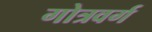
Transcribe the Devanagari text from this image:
गोत्रवर्ग